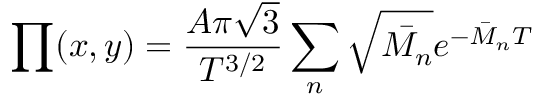
\prod ( x , y ) = \frac { A \pi \sqrt { 3 } } { T ^ { 3 / 2 } } \sum _ { n } \sqrt { \bar { M _ { n } } } e ^ { - \bar { M } _ { n } T }